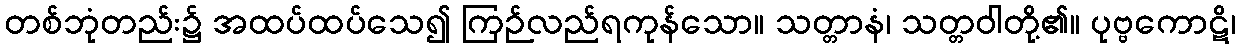
တစ်ဘုံတည်း၌ အထပ်ထပ်သေ၍ ကြဉ်လည်ရကုန်သော။ သတ္တာနံ၊ သတ္တဝါတို့၏။ ပုဗ္ဗကောဋိ၊